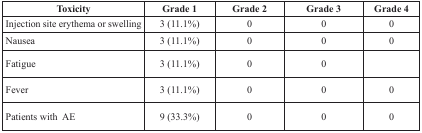
<table><thead><tr><td><b>Toxicity</b></td><td><b>Grade 1</b></td><td><b>Grade 2</b></td><td><b>Grade 3</b></td><td><b>Grade 4</b></td></tr></thead><tbody><tr><td>Injection site erythema or swelling</td><td>3 (11.1%)</td><td>0</td><td>0</td><td>0</td></tr><tr><td>Nausea</td><td>3 (11.1%)</td><td>0</td><td>0</td><td>0</td></tr><tr><td>Fatigue</td><td>3 (11.1%)</td><td>0</td><td>0</td><td></td></tr><tr><td>Fever</td><td>3 (11.1%)</td><td>0</td><td>0</td><td>0</td></tr><tr><td>Patients with AE</td><td>9 (33.3%)</td><td>0</td><td>0</td><td>0</td></tr></tbody></table>